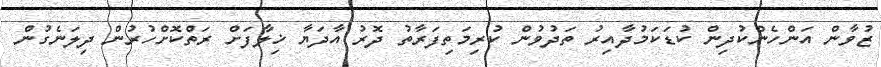
ޒުވާން އަންހެންކުދިން ކުޑަކަމުދާއިރު ތަދުވުން ކުރިމަތިފަރާތު ދޮރު އާދަޔާ ޚިލާފަށް ރަތްކޮށްހުރުން ދިލަނެގުން